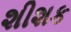
શીશક